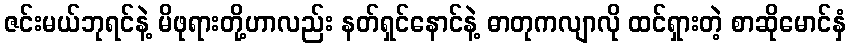
ဇင်းမယ်ဘုရင်နဲ့ မိဖုရားတို့ဟာလည်း နတ်ရှင်နောင်နဲ့ ဓာတုကလျာလို ထင်ရှားတဲ့ စာဆိုမောင်နှံ